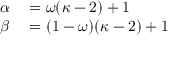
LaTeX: \begin{array} { r l } { \alpha } & { { } = \omega ( \kappa - 2 ) + 1 } \\ { \beta } & { { } = ( 1 - \omega ) ( \kappa - 2 ) + 1 } \end{array}